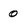
Character: o